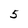
Character: 5